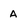
Character: A